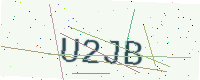
Text: U2JB